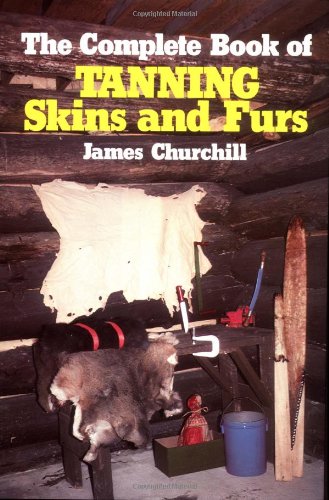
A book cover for The Complete Book of Tanning Skins & Furs; James Churchill; Crafts, Hobbies & Home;